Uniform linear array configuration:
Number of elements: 12
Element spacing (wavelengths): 0.25
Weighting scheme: blackman
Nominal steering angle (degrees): -15
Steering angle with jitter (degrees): -15.485
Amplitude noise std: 0.05
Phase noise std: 0.05

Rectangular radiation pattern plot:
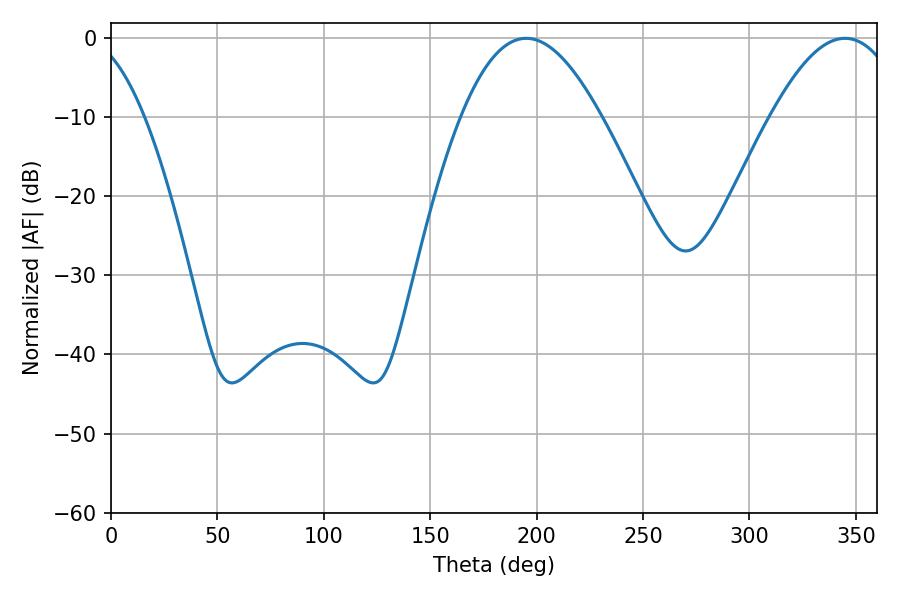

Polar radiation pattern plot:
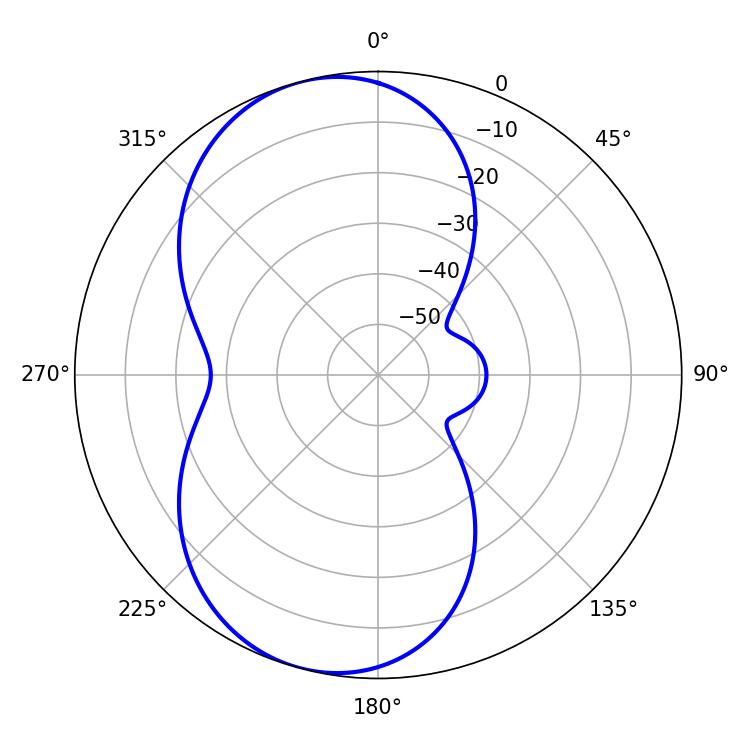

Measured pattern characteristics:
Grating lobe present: FALSE
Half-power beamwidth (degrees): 35.82
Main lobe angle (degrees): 195.12